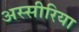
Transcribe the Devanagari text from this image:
अस्सीरिया